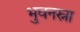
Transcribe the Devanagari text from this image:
भुवनस्ना